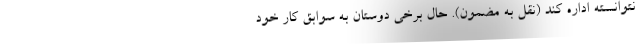
نتوانسته اداره کند (نقل به مضمون). حال برخی دوستان به سوابق کار خود